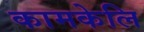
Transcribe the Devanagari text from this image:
कामकेलि